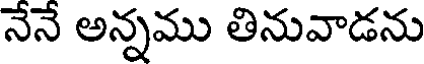
నేనే అన్నము తినువాడను